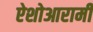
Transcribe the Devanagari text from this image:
ऐशोआरामी